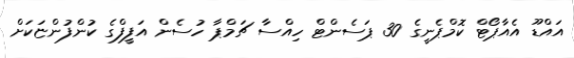
އައްޑޫ އެއާޕޯޓް ކޮމްޕެނީގެ 30 ޕަސެންޓް ހިއްސާ ޗަމްޕާ ހުސެން އަފީފްގެ ކުންފުންޏަކަށް